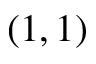
( 1 , 1 )